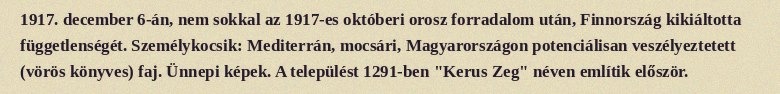
1917. december 6-án, nem sokkal az 1917-es októberi orosz forradalom után, Finnország kikiáltotta függetlenségét. Személykocsik: Mediterrán, mocsári, Magyarországon potenciálisan veszélyeztetett (vörös könyves) faj. Ünnepi képek. A települést 1291-ben "Kerus Zeg" néven említik először.